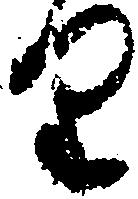
り